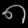
Digit: ၈